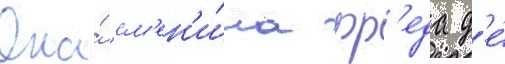
Она́ см'ен'и́ла фр'еда д'е́